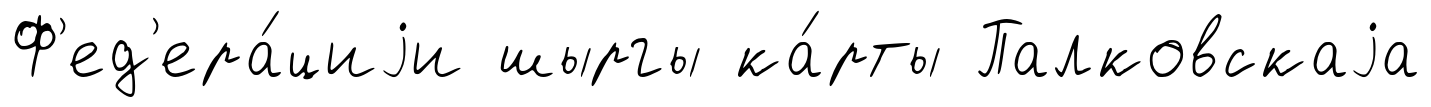
Ф'ед'ера́циjи шыргы ка́рты Палковскаjа